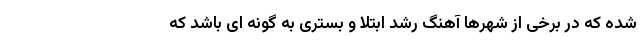
شده که در برخی از شهرها آهنگ رشد ابتلا و بستری به گونه ای باشد که